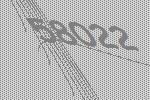
58022